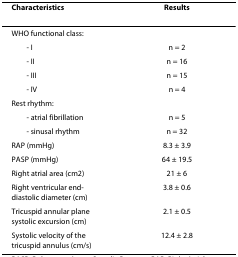
| Characteristics | Results |
 | --- | --- |
 | WHO functional class: |  |
 | - I | n = 2 |
 | - II | n = 16 |
 | - III | n = 15 |
 | - IV | n = 4 |
 | Rest rhythm: |  |
 | - atrial fibrillation | n = 5 |
 | - sinusal rhythm | n = 32 |
 | RAP (mmHg) | 8.3 ± 3.9 |
 | PASP (mmHg) | 64 ± 19.5 |
 | Right atrial area (cm2) | 21 ± 6 |
 | Right ventricular end-diastolic diameter (cm) | 3.8 ± 0.6 |
 | Tricuspid annular plane systolic excursion (cm) | 2.1 ± 0.5 |
 | Systolic velocity of the tricuspid annulus (cm/s) | 12.4 ± 2.8 |